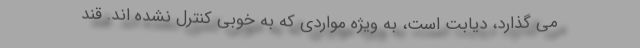
می گذارد، دیابت است، به ویژه مواردی که به خوبی کنترل نشده اند. قند